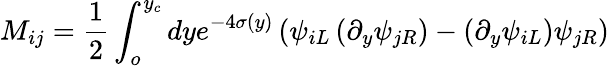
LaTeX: M_{ij}=\frac{1}{2}\int_{o}^{y_{c}}dye^{-4\sigma(y)}\left(\psi_{iL}\left(\partial_{y}\psi_{jR}\right)-\left(\partial_{y}\psi_{iL}\right)\psi_{jR}\right)